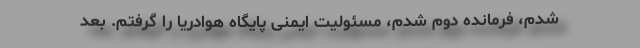
شدم، فرمانده دوم شدم، مسئولیت ایمنی پایگاه هوادریا را گرفتم. بعد